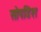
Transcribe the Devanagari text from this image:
सोपडिश